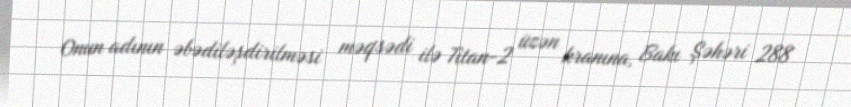
Onun adının əbədiləşdirilməsi məqsədi ilə Titan-2 üzən kranına, Bakı Şəhəri 288